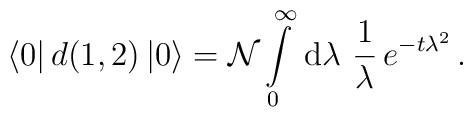
\langle 0 | \,d(1,2) \, | 0\rangle = {\cal N} \int\limits_0^\infty \, {\rm d} \lambda \,\, \frac{1}{\lambda}\, e^{-t\lambda^2}\,.